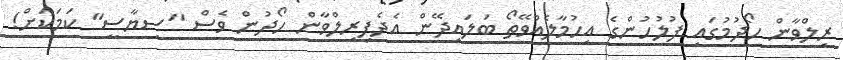
ރިލްވާން ހޯދުމުގައި ފުލުހުންގެ އިހުމާލެއްވޭތޯ ބަލައިދޭން އެދެފިރިލްވާން ހޯދުން ވެސް "ސިޔާސީ" ކަމަކަށް!